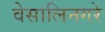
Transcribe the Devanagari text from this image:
वेसालिनगरे